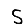
Digit: 5